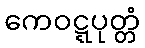
ကေဝဋ္ဋပုတ္တံ